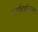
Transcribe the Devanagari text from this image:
मार्गदर्शनाला